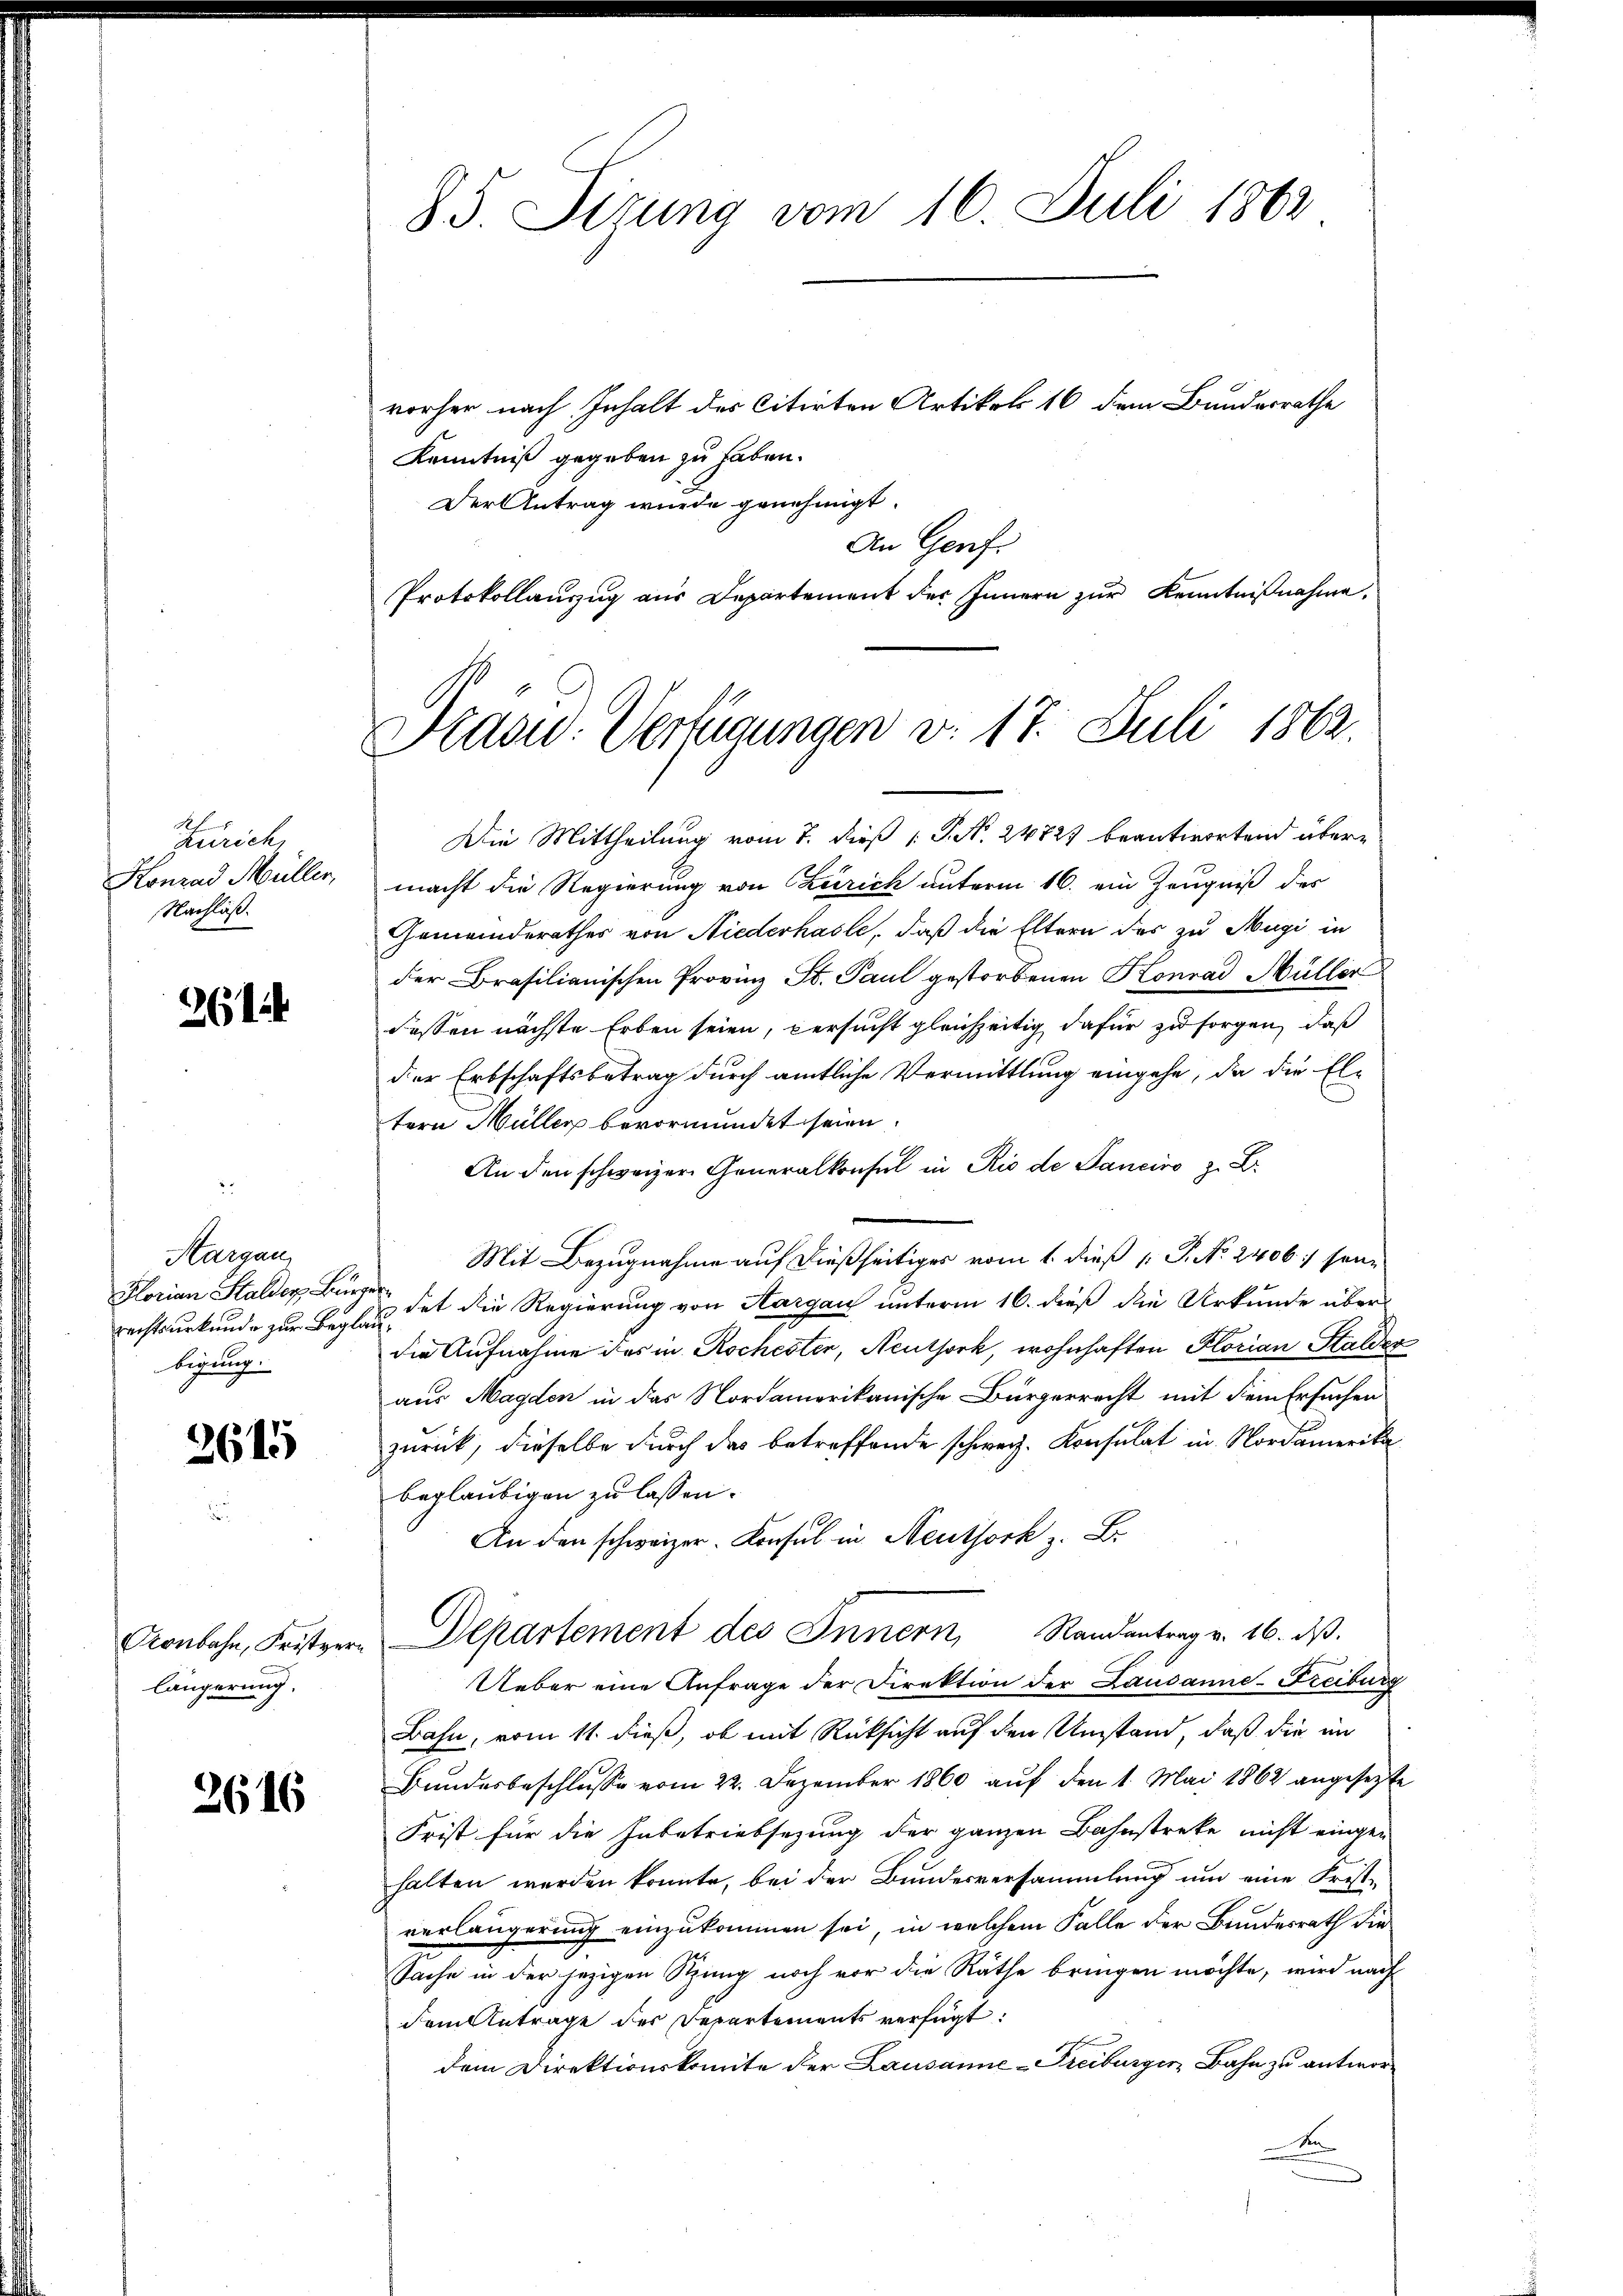
S
Zürich,
Konrad Müller,
Nachlaß.

26

Aargau
Florian Stalder Burg
Rechtsurkunde zur Begle
bigung.

2615

Conbahn, Fritzer
längerung.

2616

vorher nach Inhalt des citirten Artikel 16 dem Bundesrathe
Kenntniß gegeben zu haben.
Der Antrag wurde genehmigt.
An Genf.
Protokollauszug aus Departement des Innern zur Kenntnißnahme,

85. Sizung vom 16. Juli 1862

Die Mittheilung vom 7. dieß P. N. 24727 beantwortend übermacht die Regierung von Zürich unterm 16. ein Zeugniß des
Gemeinderathes von Niederhasle, daß die Eltern des zu Mugi in
der Brasilianischen Provinz St. Paul gestorbenen Konrad Müller
Fessen nächste Erben seien, versucht gleichzeitig dafür zu sorgen, daß
der Erbschaftsbetrag durch amtliche Vermittlung eingehe, da die El-
tern Müller bevormundet seien.
An den schweizer Generalkonsul in Rio de Panciro z. B.
Mit Bezugnahme auf dießseitiges vom 1. dieß P. No. 2406. sei¬
 dat die Regierung von Aargau unterm 16. dieß die Urkunde über
i
die Aufnahme des in Rochester, Neuthork, wohnhaften Florian Stalder
aus Magden in das Nordamerikanische Bürgerrecht mit dem Ersuchen
zurück, dieselbe durch das betreffende schweiz. Konsulat in Nordamerika
beglaubigen zu lassen.
An den schweizer. Konsul in Neuthork z. B.
Departement des Innern, Randantrag v. 16. ds.
Ueber eine Anfrage der Direktion der Lausanne-Freiburg
Bahn, vom 11. dieß, ob mit Rücksicht auf den Umstand, daß die im
Bundesbeschlusse vom 22. Dezember 1860 auf den 1. Mai 1862 angesetzte
Frist für die Inbetriebsezung der ganzen Bahnstreke nicht eingen
halten werden konnte, bei der Bundesversammlung um eine Fristverlängerung einzukommen sei, in welchem Falle der Bundesrath die
Sache in der jezigen Sitzung noch vor die Räthe bringen möchte, wird nach
dem Antrage des Departements verfügt:
dem Direktionskomite der Lausanne-Freiburger Bahn zu antwor¬
An

Diasu- Verfügungen v. 17. Juli 1862.